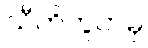
သီတိဘူတမှ